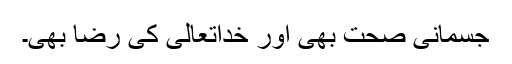
جسمانی صحت بھی اور خداتعالیٰ کی رضا بھی۔